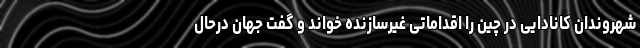
شهروندان کانادایی در چین را اقداماتی غیرسازنده خواند و گفت جهان درحال